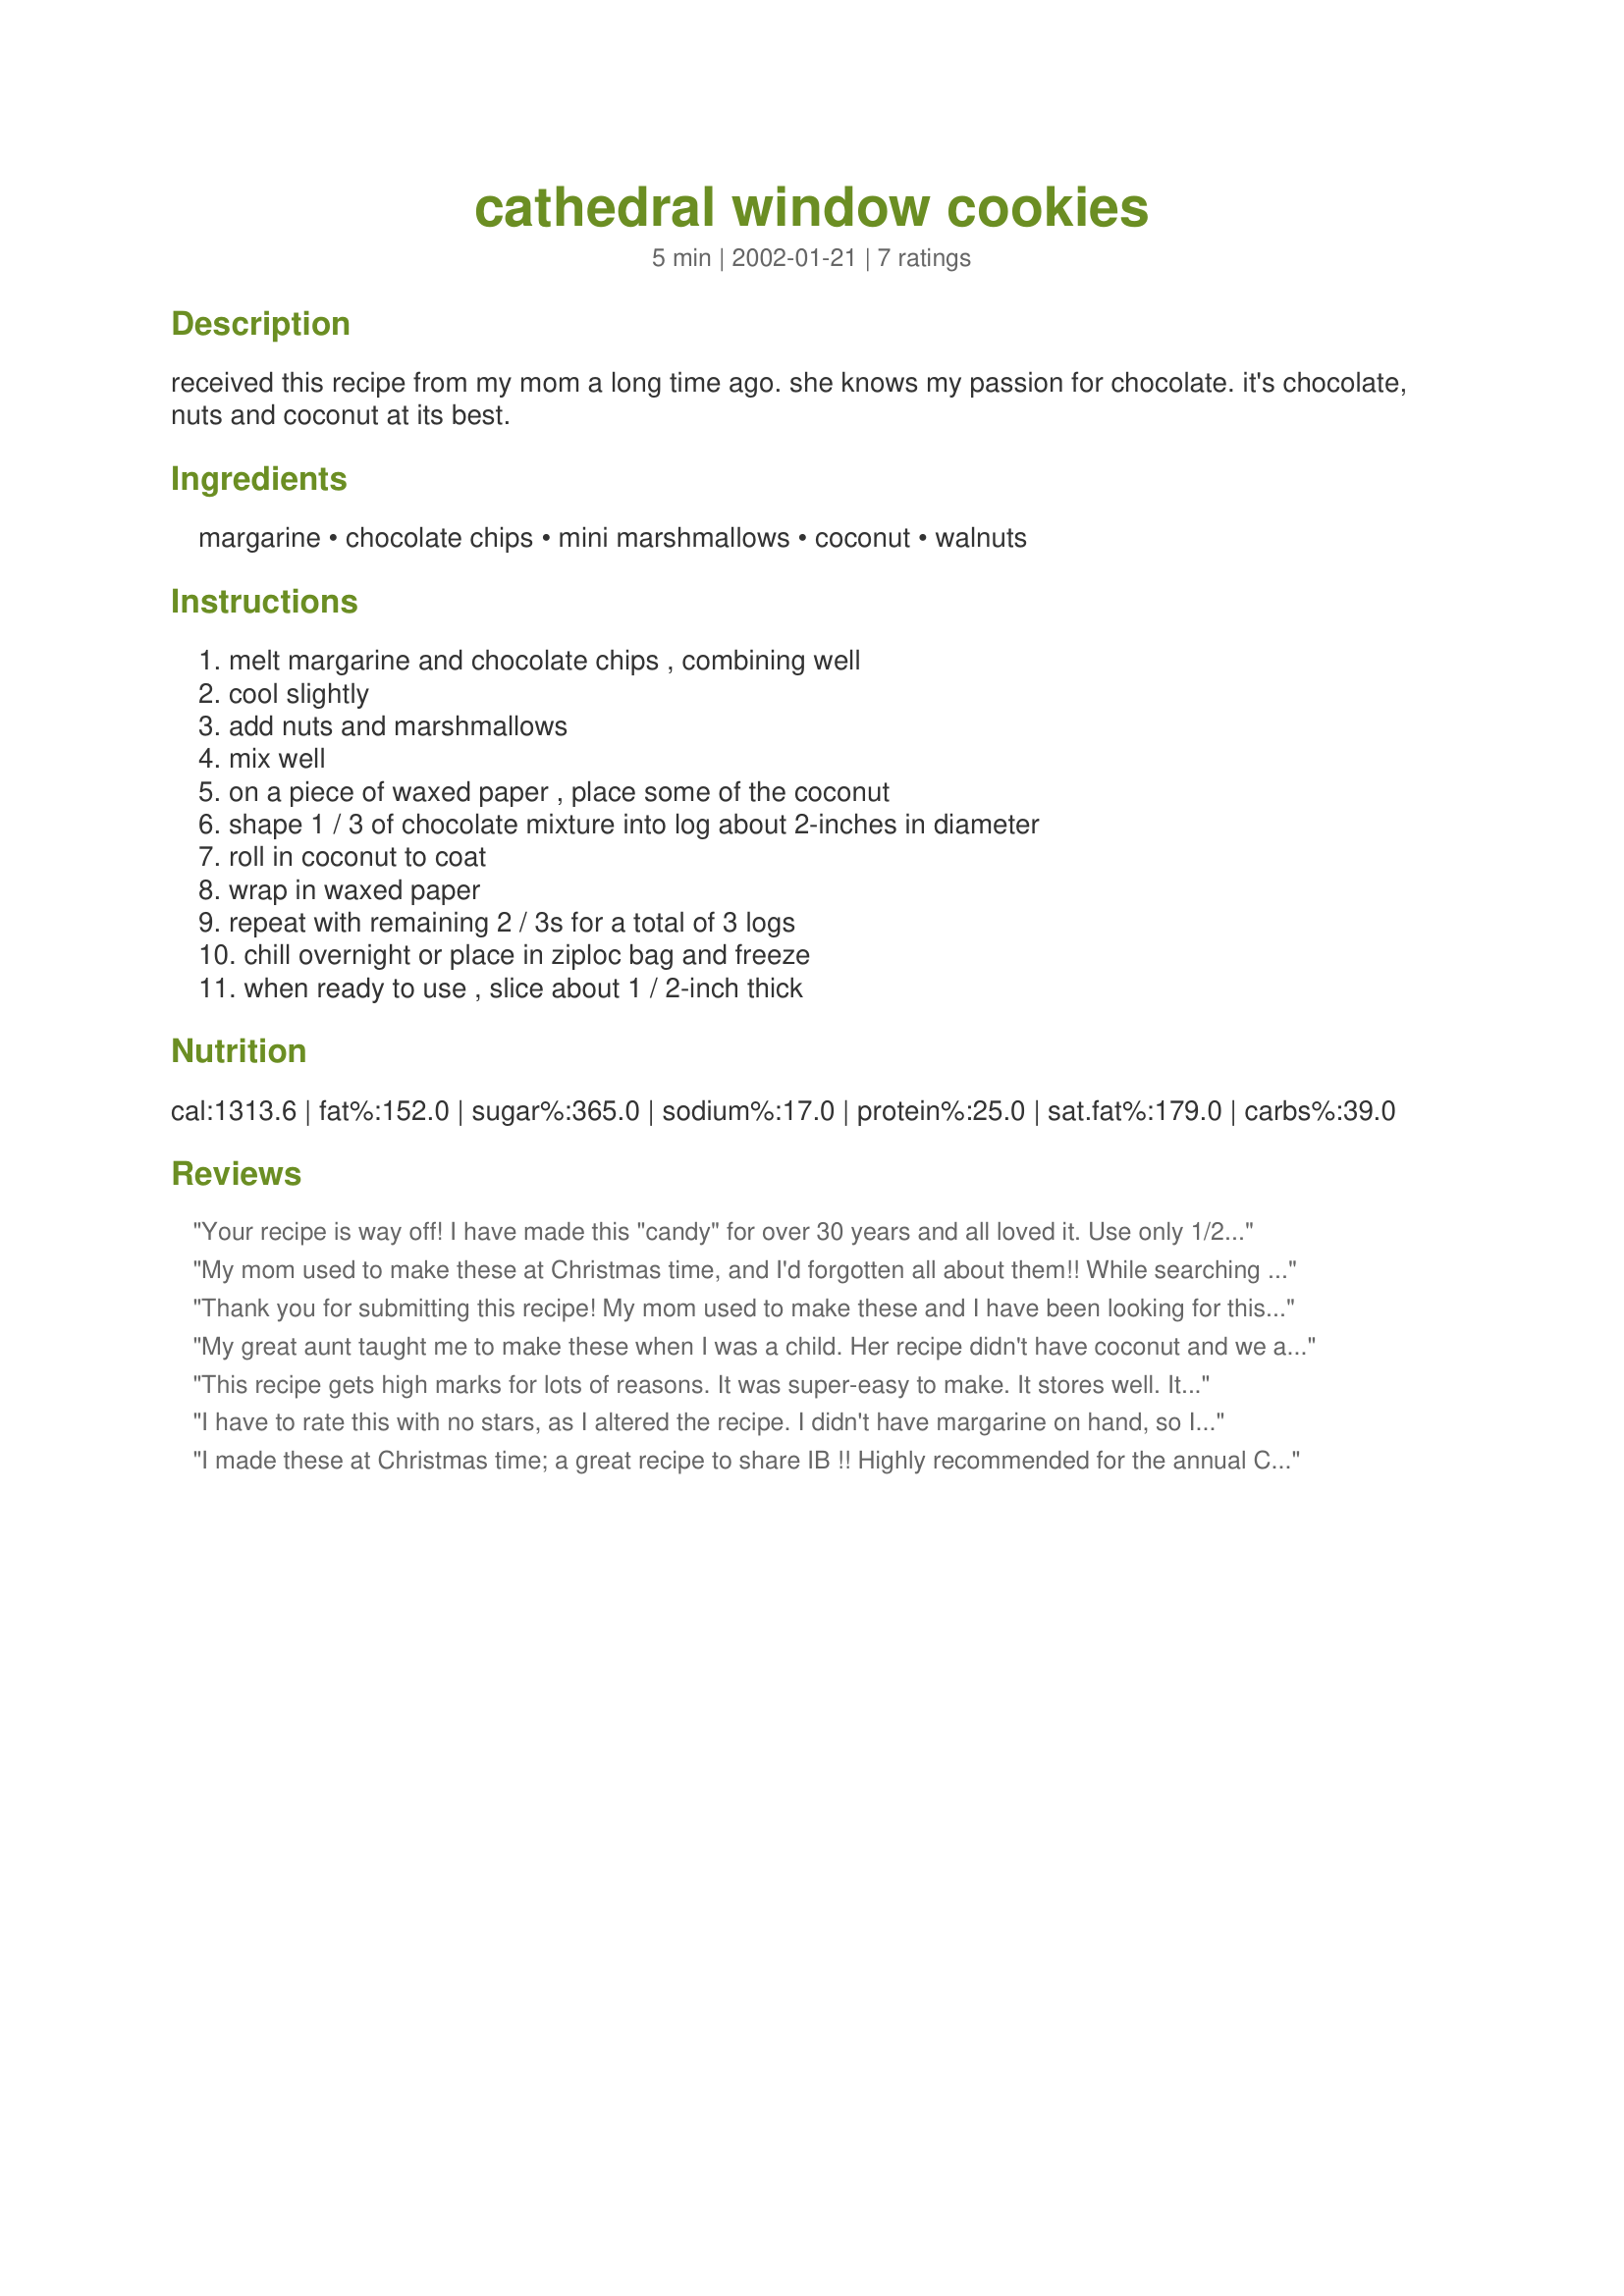
cathedral window cookies
Preparation time: 5 minutes

received this recipe from my mom a long time ago. she knows my passion for chocolate. it's chocolate, nuts and coconut at its best.

Ingredients:
margarine, chocolate chips, mini marshmallows, coconut, walnuts

Steps:
melt margarine and chocolate chips , combining well, cool slightly, add nuts and marshmallows, mix well, on a piece of waxed paper , place some of the coconut, shape 1 / 3 of chocolate mixture into log about 2-inches in diameter, roll in coconut to coat, wrap in waxed paper, repeat with remaining 2 / 3s for a total of 3 logs, chill overnight or place in ziploc bag and freeze, when ready to use , slice about 1 / 2-inch thick

Reviews:
Your recipe is way off! I have made this "candy" for over 30 years and all loved it. Use only 1/2 cup (1 stick) of butter. I get the colored mini marshmallows, to get a stained glass effect when cutting the logs. I add 1/4 to 1/2 tsp of mint or peppermint extract. I cut the logs into 1/4" slices. It works very, very well this way!
My mom used to make these at Christmas time, and I'd forgotten all about them!! While searching for some Christmas cookie recipes, I found this and just had to make them. These are just so easy and make a nice, colourful addition to the Christmas cookie platter! I've already cut the ends of the three logs, just to try them ! Sure brought back memories. Thanks IB for sharing this recipe. These will become one of my Christmas goodies from now on !!
Thank you for submitting this recipe! My mom used to make these and I have been looking for this recipe for some time now. These are one of my favorite treats to make a Christmas time.
My great aunt taught me to make these when I was a child. Her recipe didn't have coconut and we always used the multi-colored marshmallows. I think I'll make these with my 6 year old for Christmas.
This recipe gets high marks for lots of reasons. It was super-easy to make. It stores well. It is very delicious. It brings back terrific childhood memories. The only changes I made were to use only 1/2 cup butter, and I used more coconut, and I tinted the coconut as well. These are oh-so-good!
I have to rate this with no stars, as I altered the recipe. I didn't have margarine on hand, so I subbed butter, and I am not sure if this was the reason or not, but mine turned out so buttery and runny I could not roll them. I used 3/4 cup of butter and it was swimming in it LOL! So, I managed to squeeze some of the butter out and "strain" it through my hands in order to flop it on some wax paper. Then I just sprinkled it with coconut and stuck them in the fridge. In the morning, they were hardened, and I took a paring knife and scraped off all the hardened butter. My daughter and husband say they are delicious!
I will try this again on my next baking spree using margarine as the recipe stated and probably a lot less of it! I just wanted to post this so that no one else makes my mistake.
And hey! My family is eating it so that is good!
I made these at Christmas time; a great recipe to share IB !! Highly recommended for the annual Christmas baking treats !!!!!
